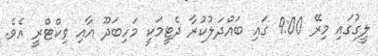
ލީގުގައި މިރޭ 9:00 ގައި ބައްދަލުކުރާ ދެޓީމަކީ މަހިބަދޫ އާއި ވިކްޓްރީ އެވެ.